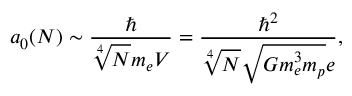
a _ { 0 } ( N ) \sim \frac { \hbar } { \sqrt [ 4 ] { N } m _ { e } V } = \frac { \hbar ^ { 2 } } { \sqrt [ 4 ] { N } \sqrt { G m _ { e } ^ { 3 } m _ { p } } e } ,